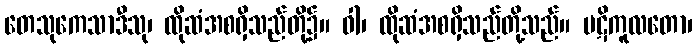
တေသုကေသာဒီသု၊ ထိုဆံအစရှိသည်တို့၌။ ဝါ၊ ထိုဆံအစရှိသည်တို့သည်။ ပဋိကူလတော၊